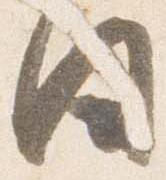
日